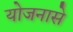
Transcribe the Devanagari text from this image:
योजनासे